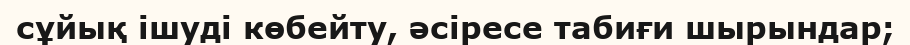
сұйық ішуді көбейту, әсіресе табиғи шырындар;